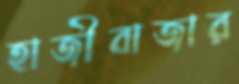
হাজীবাজার